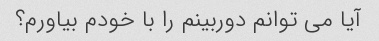
آیا می توانم دوربینم را با خودم بیاورم؟